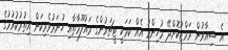
އެ ޝިއާރުން ރަމްޒުކޮށްދޭ މުހިންމު އެއް ކަމަކީ ޓީޗަރުންގެ މައުލޫމާތާއި ހުނަރުވެރިކަން އިތުރުކުރުމުގެ